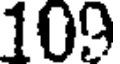
109